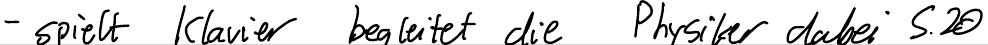
- spielt Klavier begleitet die Physiker dabei S.20